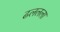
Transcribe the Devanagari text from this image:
ढललला